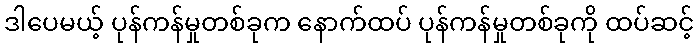
ဒါပေမယ့် ပုန်ကန်မှုတစ်ခုက နောက်ထပ် ပုန်ကန်မှုတစ်ခုကို ထပ်ဆင့်